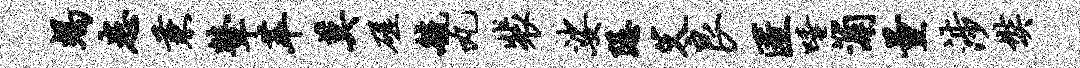
竭患兼鼙萃莫磋毓丸裴娑隐父良匿唾浦量涉奘